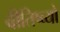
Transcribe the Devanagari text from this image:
वीतिष्व्यो